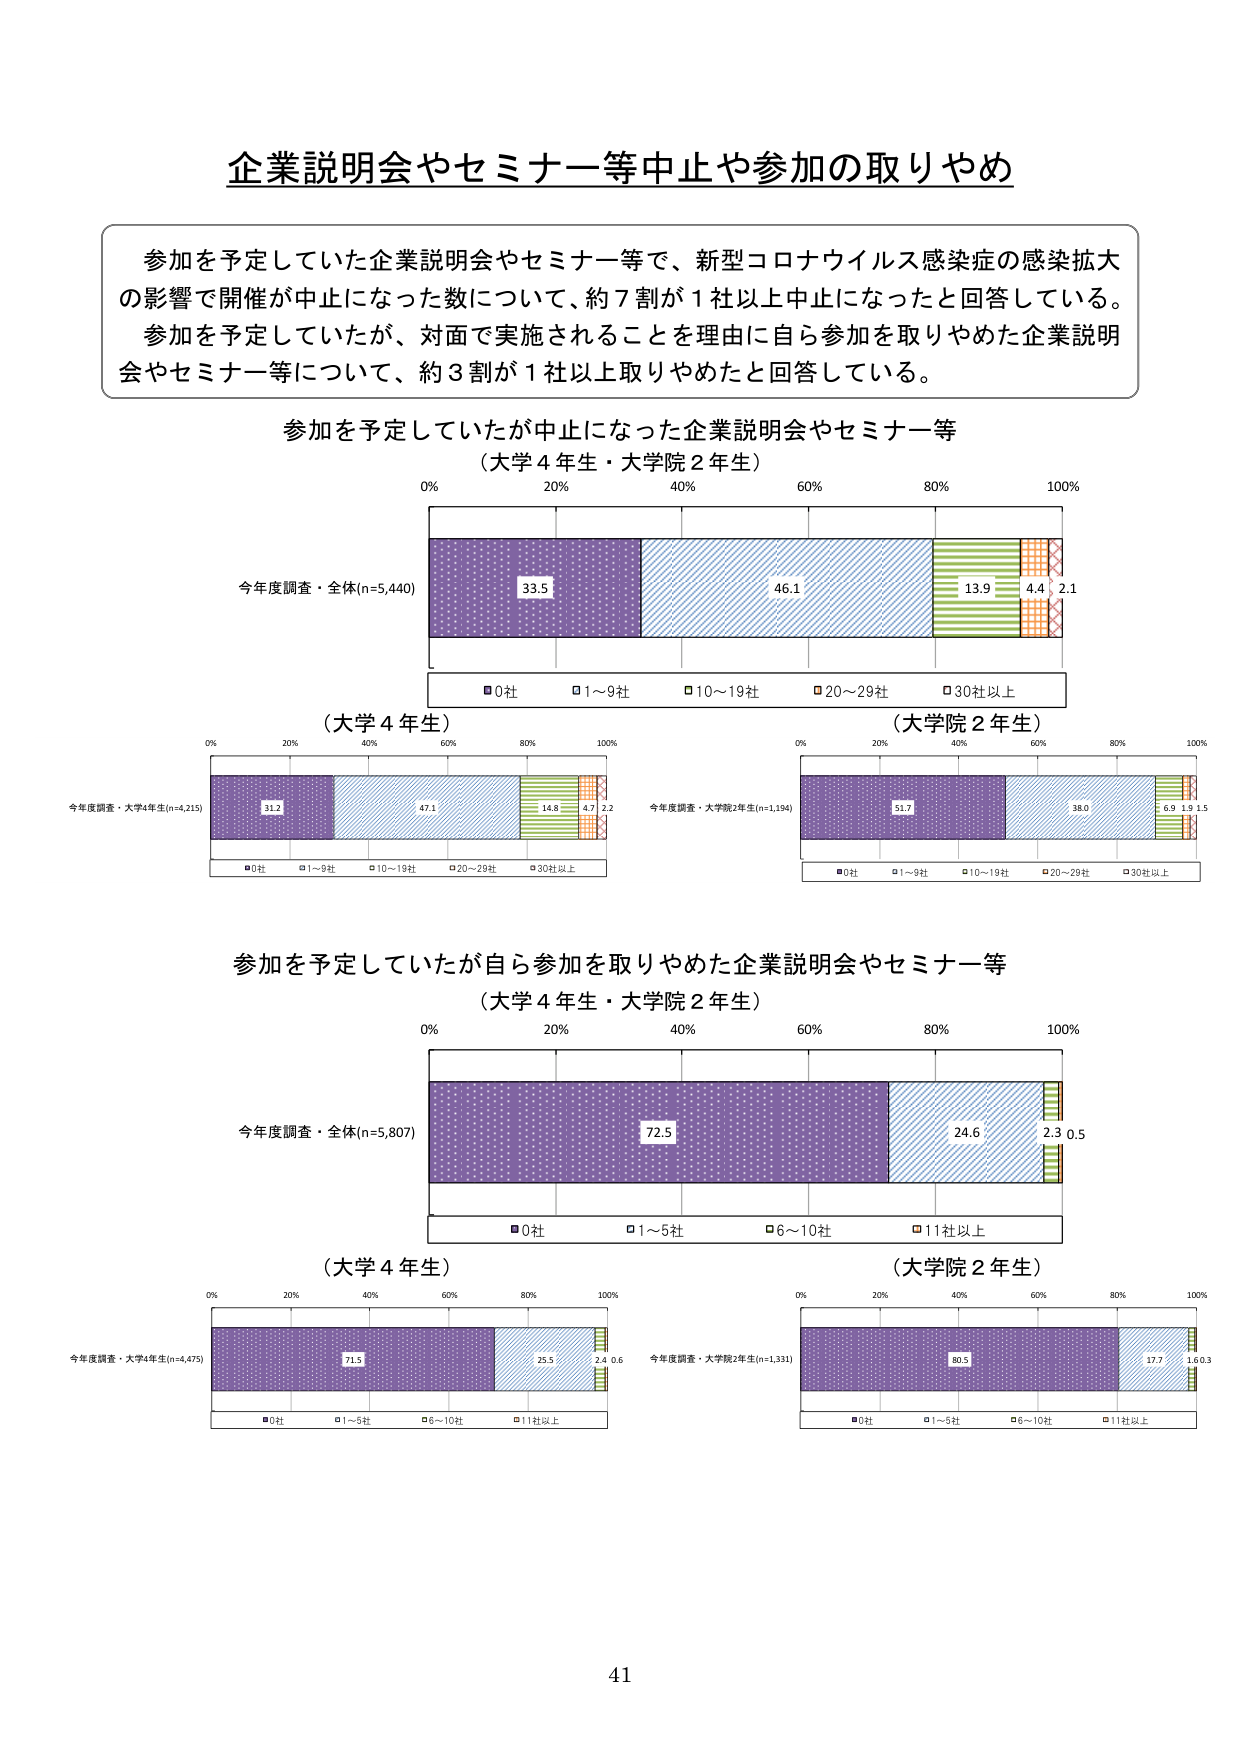
企業説明会やセミナー等中止や参加の取りやめ

参加を予定していた企業説明会やセミナー等で、新型コロナウイルス感染症の感染拡大の影響で開催が中止になった数について、約7割が1社以上中止になったと回答している。参加を予定していたが、対面で実施されることを理由に自ら参加を取りやめた企業説明会やセミナー等について、約3割が1社以上取りやめたと回答している。

参加を予定していたが中止になった企業説明会やセミナー等
（大学4年生・大学院2年生）

0% 20% 40% 60% 80% 100%
今年度調査・全体(n=5,440)
33.5 46.1 13.9 4.4 2.1
■0社 □1～9社 □10～19社 □20～29社 □30社以上

（大学4年生）
0% 20% 40% 60% 80% 100%
今年度調査・大学4年生(n=4,215)
31.2 47.1 14.8 4.7 2.2
■0社 □1～9社 □10～19社 □20～29社 □30社以上

（大学院2年生）
0% 20% 40% 60% 80% 100%
今年度調査・大学院2年生(n=1,194)
51.7 38.0 6.9 1.9 1.5
■0社 □1～9社 □10～19社 □20～29社 □30社以上

参加を予定していたが自ら参加を取りやめた企業説明会やセミナー等
（大学4年生・大学院2年生）

0% 20% 40% 60% 80% 100%
今年度調査・全体(n=5,807)
72.5 24.6 2.3 0.5
■0社 □1～5社 □6～10社 □11社以上

（大学4年生）
0% 20% 40% 60% 80% 100%
今年度調査・大学4年生(n=4,475)
71.5 25.5 2.4 0.6
■0社 □1～5社 □6～10社 □11社以上

（大学院2年生）
0% 20% 40% 60% 80% 100%
今年度調査・大学院2年生(n=1,331)
80.5 17.7 1.6 0.3
■0社 □1～5社 □6～10社 □11社以上

41